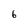
Character: 6